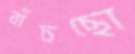
বাঁচছো